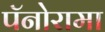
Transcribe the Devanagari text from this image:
पॅनोरामा